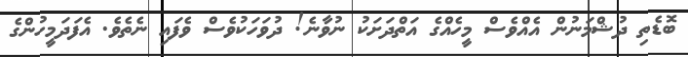
ބޮޑެތި ދުޝްމަނުން އެއްވެސް މީހެއްގެ އަތްދަށަކު ނުވާނެ! ދުވަހަކުވެސް ވެފައި ނެތެވެ. އެފަދަމީހުންގެ